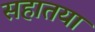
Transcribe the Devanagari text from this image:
सहातया